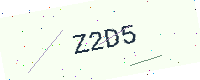
Text: Z2D5